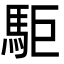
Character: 駏